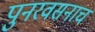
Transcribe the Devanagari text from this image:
पुनरवसनाचं